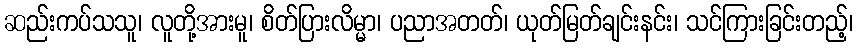
ဆည်းကပ်သသူ၊ လူတို့အားမူ၊ စိတ်ပြားလိမ္မာ၊ ပညာအတတ်၊ ယုတ်မြတ်ချင်းနင်း၊ သင်ကြားခြင်းတည့်၊